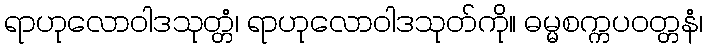
ရာဟုလောဝါဒသုတ္တံ၊ ရာဟုလောဝါဒသုတ်ကို။ ဓမ္မစက္ကပဝတ္တနံ၊